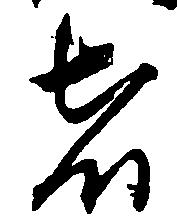
者